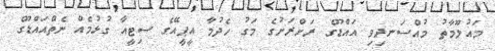
މައުލޫމާތު މުއްސަނދިވި އައްޑޫގެ ރަށްރަށުގެ މަގު ހެދުމާ އީޕީއޭގެ ސިޓީއާ ގުޅުމެއް ނެތްއައްޑޫގެ